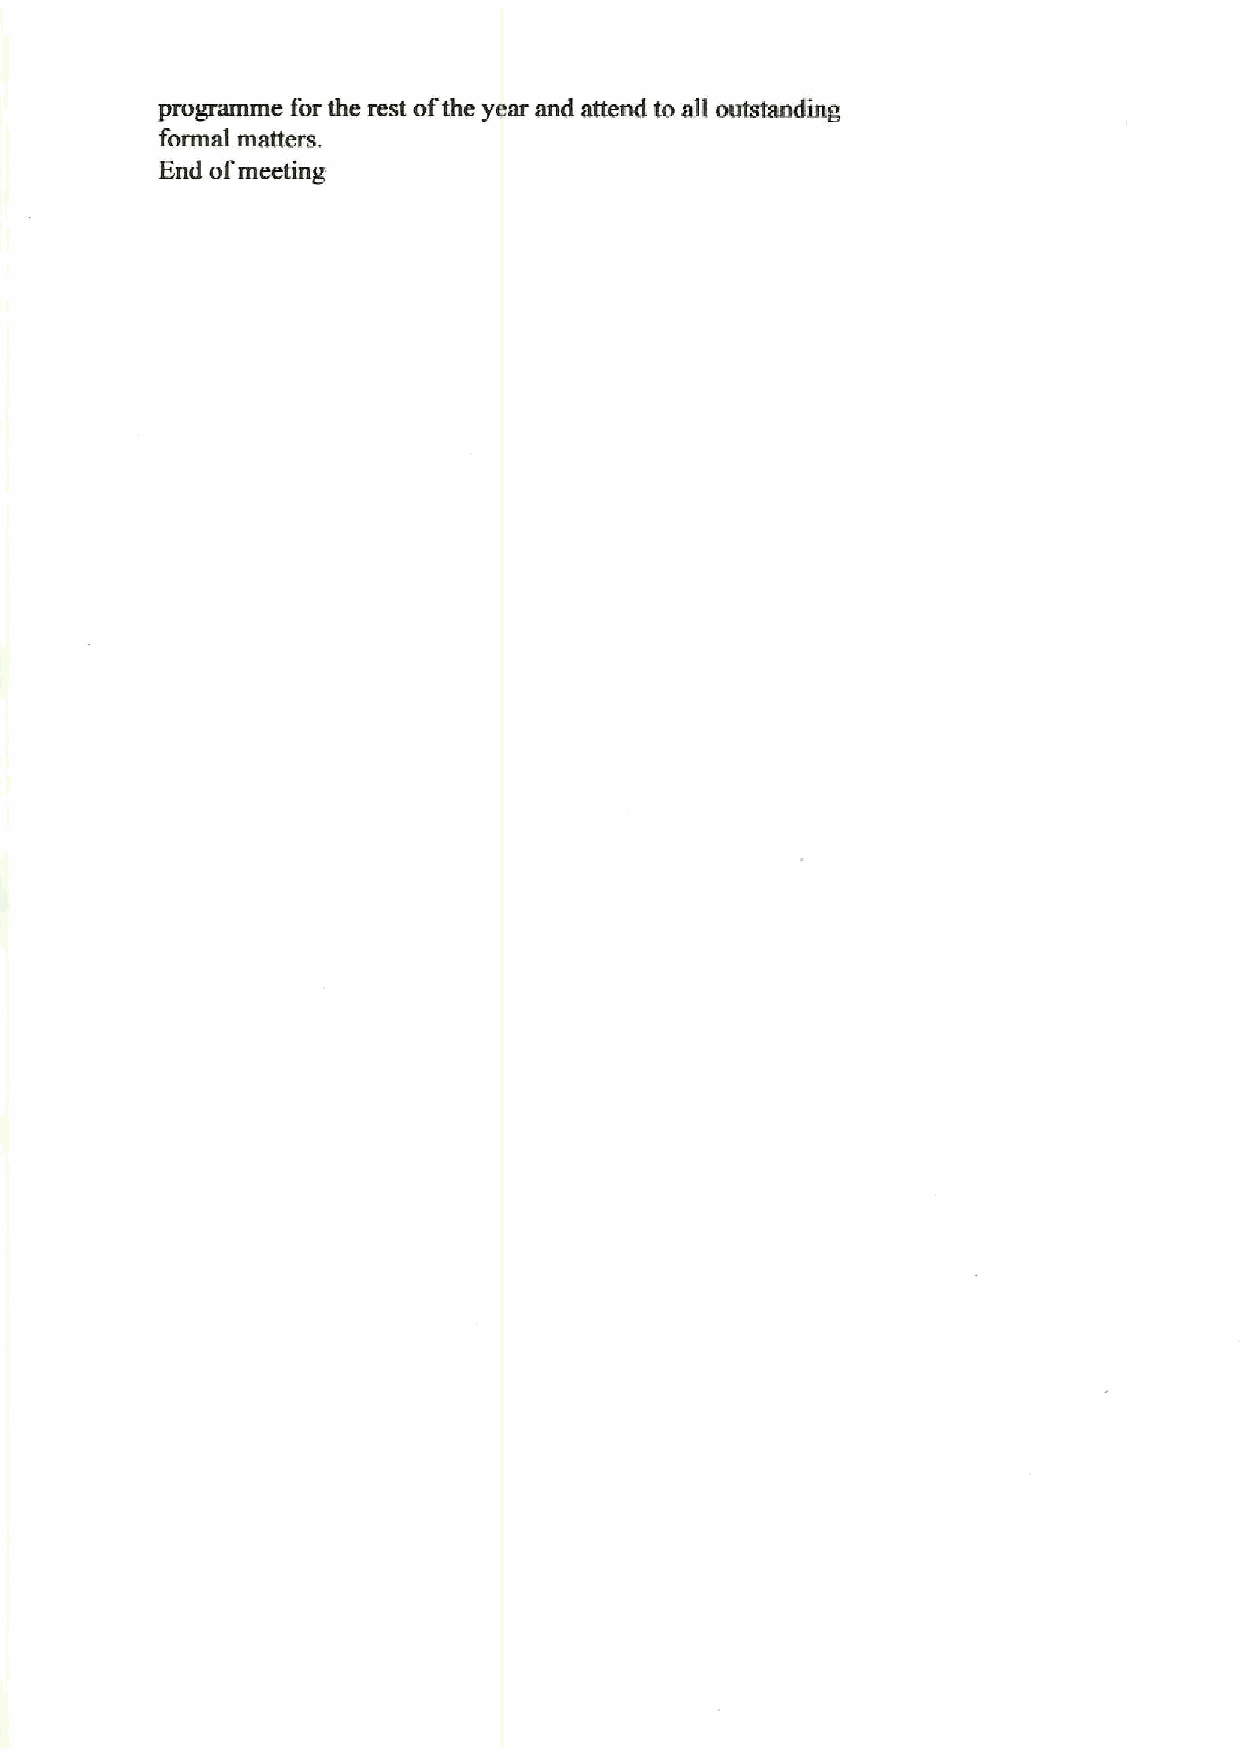
programme for the rest ofthe year and attend to all outstanding
 formal matters.
 End of meeting